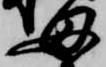
母